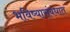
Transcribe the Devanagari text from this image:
भविष्यासंबंधात